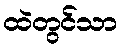
ထဲတွင်သာ